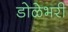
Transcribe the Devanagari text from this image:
डोळेभरी